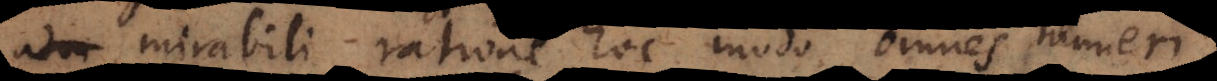
adm ratione hoc modo omnes numeri